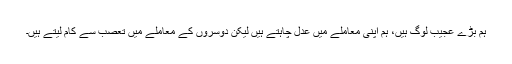
ہم بڑے عجیب لوگ ہیں، ہم اپنی معاملے میں عدل چاہتے ہیں لیکن دوسروں کے معاملے میں تعصب سے کام لیتے ہیں۔